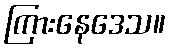
ကြားနေဒေသ။